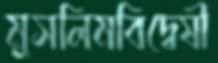
মুসলিমবিদ্বেষী